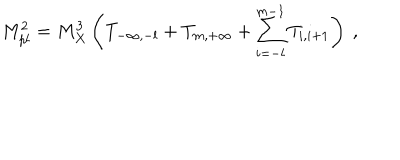
LaTeX: M _ { p l } ^ { 2 } = M _ { X } ^ { 3 } \left( T _ { - \infty , - l } + T _ { m , + \infty } + \sum _ { i = - l } ^ { m - 1 } T _ { i , i + 1 } \right) ~ , ~ \,